Civil Veterinary Department Bihar & Orissa reports 1922-29 - 1922-1929
Year: 1922
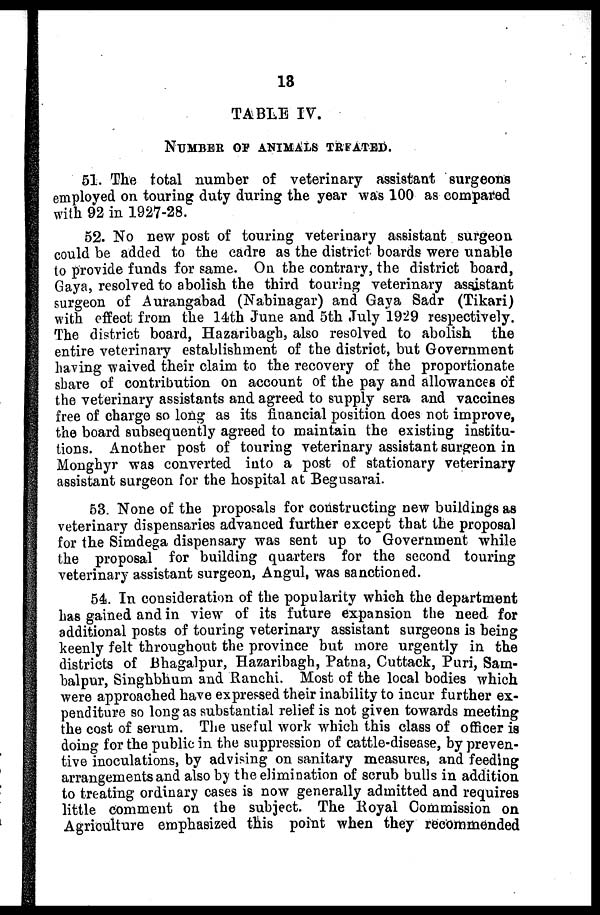
13
TABLE IV.
NUMBER OF ANIMALS TRFATED.
51. The total number of veterinary assistant surgeons
employed on touring duty during the year was 100 as compared
with 92 in 1927-28.
52. No new post of touring veterinary assistant surgeon
could be added to the cadre as the district boards were unable
to provide funds for same. On the contrary, the district board,
Gaya, resolved to abolish the third touring veterinary assistant
surgeon of Aurangabad (Nabinagar) and Gaya Sadr (Tikari)
with effect from the 14th June and 5th July 1929 respectively.
The district board, Hazaribagh, also resolved to abolish the
entire veterinary establishment of the district, but Government
having waived their claim to the recovery of the proportionate
sbare of contribution on account of the pay and allowances of
the veterinary assistants and agreed to supply sera and vaccines
free of charge so long as its financial position does not improve,
the board subsequently agreed to maintain the existing institu-
tions. Another post of touring veterinary assistant surgeon in
Monghyr was converted into a post of stationary veterinary
assistant surgeon for the hospital at Begusarai.
53. None of the proposals for constructing new buildings as
veterinary dispensaries advanced further except that the proposal
for the Simdega dispensary was sent up to Government while
the proposal for building quarters for the second touring
veterinary assistant surgeon, Angul, was sanctioned.
54. In consideration of the popularity which the department
has gained and in view of its future expansion the need for
additional posts of touring veterinary assistant surgeons is being
keenly felt throughout the province but more urgently in the
districts of Bhagalpur, Hazaribagh, Patna, Cuttack, Puri, Sam-
balpur, Singhbhum and Ranchi. Most of the local bodies which
were approached have expressed their inability to incur further ex-
penditure so long as substantial relief is not given towards meeting
the cost of serum. The useful work which this class of officer is
doing for the public in the suppression of cattle-disease, by preven-
tive inoculations, by advising on sanitary measures, and feeding
arrangements and also by the elimination of scrub bulls in addition
to treating ordinary cases is now generally admitted and requires
little comment on the subject. The Royal Commission on
Agriculture emphasized this point when they recommended